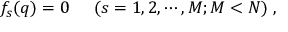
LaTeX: f _ { s } ( q ) = 0 \; \; \; \; \; ( s = 1 , 2 , \cdots , M ; M < N ) \; ,